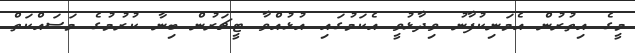
މީގެ އިތުރުން އެމަނިކުފާނު ވިދާޅުވީ އެކަމުގައި އުޅުއްވާ ޓީޗަރުން ބިނާ ކުރުމުގެ މަސައްކަތް